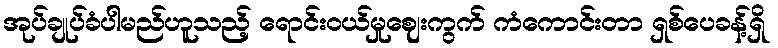
အုပ်ချုပ်ခံပါမည်ဟူသည့် ရောင်းဝယ်မှုဈေးကွက် ကံကောင်းတာ ရှစ်ပေခန့်ရှိ